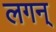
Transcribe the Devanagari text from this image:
लगन्